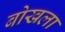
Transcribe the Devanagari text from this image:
बोखला